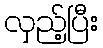
လှည့်ပြီး